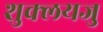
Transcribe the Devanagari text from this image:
शुक्लयजु